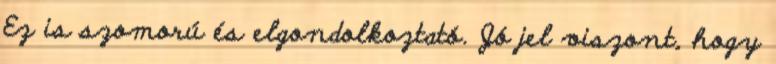
Ez is szomorú és elgondolkoztató. Jó jel viszont, hogy